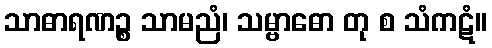
သာဓာရဏဉ္စ သာမညံ၊ သမ္ဗာဓော တု စ သံကဋံ။